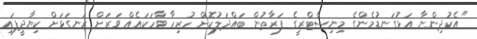
"އެކުދިންނާ އަޅުގަނޑުމެންގެ މިނިސްޓްރީގެ ފަރާތުން ބައްދަލުކޮށް ހުރިހާ ވާހަކައެއް ވަރަށް ރަނގަޅަށް ކިޔާދީފައި